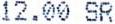
12.00 SR